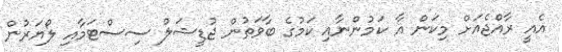
އެއީ ރާއްޖެއަށް މިކަން އާ ކަމުންނާއި ކަމުގެ ބާވަތުން ޖުޑީޝަލް ސިސްޓަމާއި ލޯޔަރުން